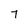
Character: 7